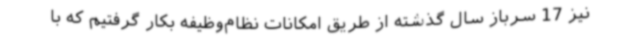
نیز 17 سرباز سال گذشته از طریق امکانات نظام‌وظیفه بکار گرفتیم که با